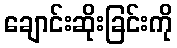
ချောင်းဆိုးခြင်းကို